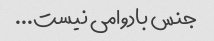
جنس بادوامی نیست...